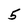
Character: 5